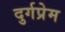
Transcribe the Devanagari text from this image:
दुर्गप्रेम